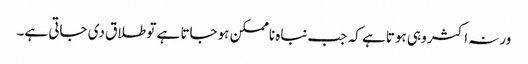
ورنہ اکثر وہی ہوتا ہے کہ جب نباہ ناممکن ہوجاتا ہے تو طلاق دی جاتی ہے۔